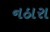
નઠારા